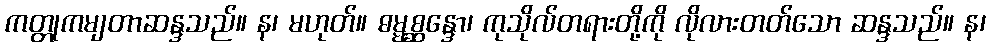
ကတ္တုကမျတာဆန္ဒသည်။ န၊ မဟုတ်။ ဓမ္မစ္ဆန္ဒော၊ ကုသိုလ်တရားတို့ကို လိုလားတတ်သော ဆန္ဒသည်။ န၊